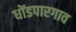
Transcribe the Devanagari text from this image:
धोंडपारगाव